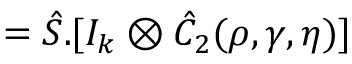
= \hat { S } . [ I _ { k } \otimes \hat { C } _ { 2 } ( \rho , \gamma , \eta ) ]